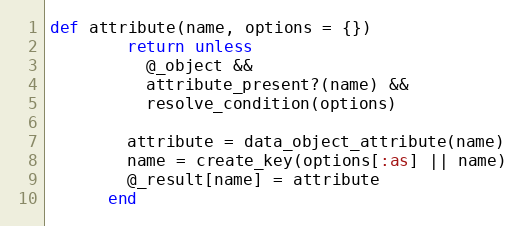
Language: Ruby
def attribute(name, options = {})
        return unless
          @_object &&
          attribute_present?(name) &&
          resolve_condition(options)

        attribute = data_object_attribute(name)
        name = create_key(options[:as] || name)
        @_result[name] = attribute
      end